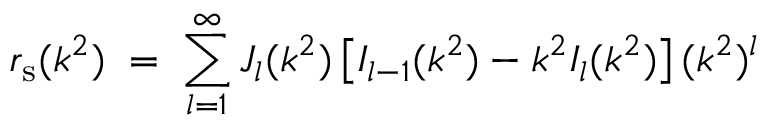
r _ { \mathrm { s } } ( k ^ { 2 } ) \; = \; \sum _ { l = 1 } ^ { \infty } J _ { l } ( k ^ { 2 } ) \left[ I _ { l - 1 } ( k ^ { 2 } ) - k ^ { 2 } I _ { l } ( k ^ { 2 } ) \right] ( k ^ { 2 } ) ^ { l }